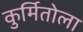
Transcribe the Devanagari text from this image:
कुर्मितोला